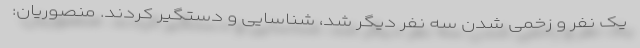
یک نفر و زخمی شدن سه نفر دیگر شد، شناسایی و دستگیر کردند. منصوریان: